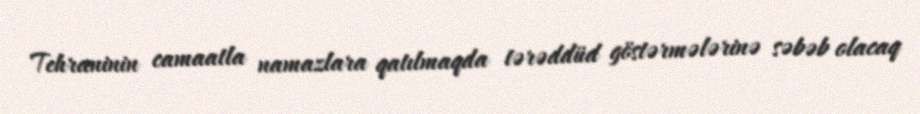
Tehraninin camaatla namazlara qatılmaqda tərəddüd göstərmələrinə səbəb olacaq